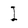
Character: I